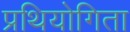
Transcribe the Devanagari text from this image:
प्रथियोगिता